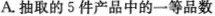
A.抽取的5件产品中的一等品数